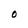
Character: O